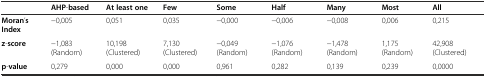
|  | AHP-based | At least one | Few | Some | Half | Many | Most | All |
 | --- | --- | --- | --- | --- | --- | --- | --- | --- |
 | Moran’s Index | −0,005 | 0,051 | 0,035 | −0,000 | −0,006 | −0,008 | 0,006 | 0,215 |
 | z-score | −1,083 (Random) | 10,198 (Clustered) | 7,130 (Clustered) | −0,049 (Random) | −1,076 (Random) | −1,478 (Random) | 1,175 (Random) | 42,908 (Clustered) |
 | p-value | 0,279 | 0,000 | 0,000 | 0,961 | 0,282 | 0,139 | 0,239 | 0,0000 |